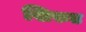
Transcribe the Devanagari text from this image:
शिरुड